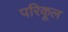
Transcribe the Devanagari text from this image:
परिकूल